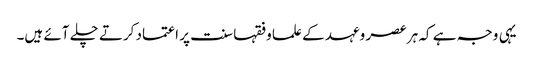
یہی وجہ ہے کہ ہر عصر وعہد کے علما وفقہا سنت پر اعتماد کرتے چلے آئے ہیں۔